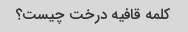
کلمه قافیه درخت چیست؟